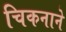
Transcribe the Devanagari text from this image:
चिकनाने